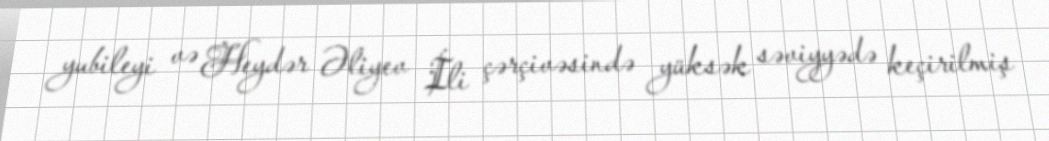
yubileyi və Heydər Əliyev İli çərçivəsində yüksək səviyyədə keçirilmiş